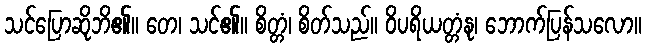
သင်ပြောဆိုဘိ၏။ တေ၊ သင်၏။ စိတ္တံ၊ စိတ်သည်။ ဝိပရိယတ္တံနု၊ ဘောက်ပြန်သလော။